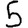
Digit: 5